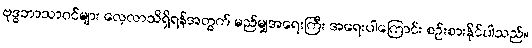
ဗုဒ္ဓဘာသာဝင်များ လေ့လာသိရှိရန်အတွက် မည်မျှအရေးကြီး အရေးပါကြောင်း စဉ်းစားနိုင်ပါသည်။